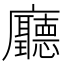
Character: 廳